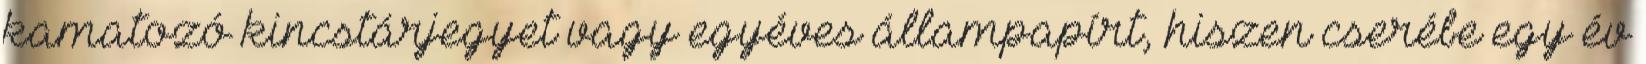
kamatozó kincstárjegyet vagy egyéves állampapírt, hiszen cserébe egy év